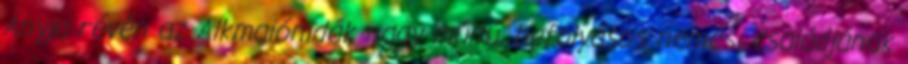
Anyja révén az Alkmaiónidák nagy múltú, befolyásos nemesi családjának